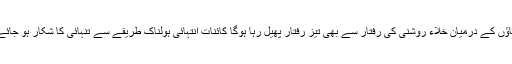
کہکشاؤں کے درمیان خلاء روشنی کی رفتار سے بھی تیز رفتار پھیل رہا ہوگا کائنات انتہائی ہولناک طریقے سے تنہائی کا شکار ہو جائے گی۔